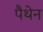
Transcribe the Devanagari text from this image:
पैथेन